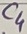
Text: C4